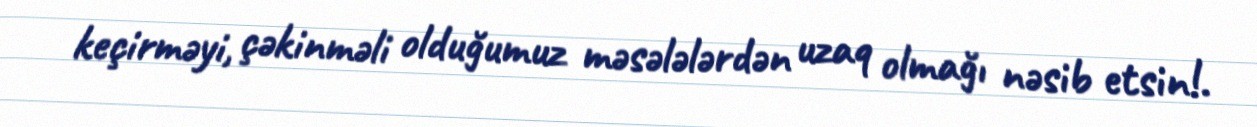
keçirməyi, çəkinməli olduğumuz məsələlərdən uzaq olmağı nəsib etsin!.